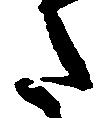
た